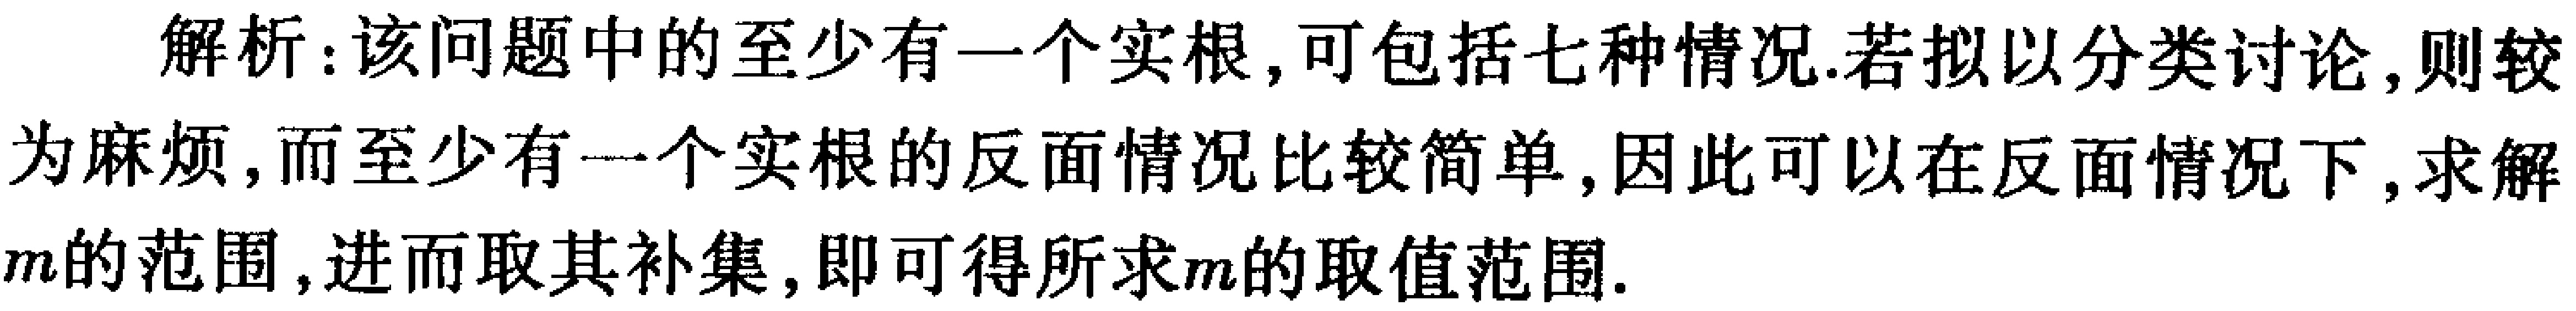
解析：该问题中的至少有一个实根, 可包括七种情况.若拟以分类讨论,则较为麻烦, 而至少有一个实根的反面情况比较简单, 因此可以在反面情况下, 求解\(m\)的范围, 进而取其补集, 即可得所求\(m\)的取值范围.